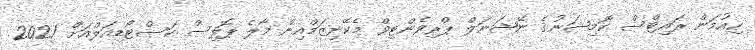
ހިއުމަން ރައިޓްސް ކޮމިޝަނުގެ ނޭޝަނަލް ޕްރިވެންޓިވް މެކޭނިޒަމްއިން މާލެ ޕޮލިސް ކަސްޓޯޑިއަލްއަށް 2021